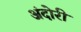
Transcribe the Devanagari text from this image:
अंदोरी